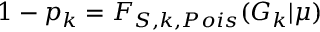
1 - p _ { k } = F _ { S , k , P o i s } ( G _ { k } | \mu )